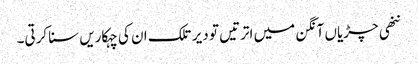
ننھی چڑیاں آنگن میں اترتیں تو دیر تلک ان کی چہکاریں سنا کرتی۔